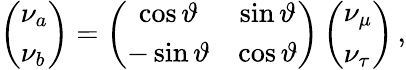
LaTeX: \left(\begin{array}{l}{{\nu_{a}}}\\ {{\nu_{b}}}\end{array}\right)=\left(\begin{array}{cc}{{\cos{\vartheta}}}&{{\sin{\vartheta}}}\\ {{-\sin{\vartheta}}}&{{\cos{\vartheta}}}\end{array}\right)\left(\begin{array}{l}{{\nu_{\mu}}}\\ {{\nu_{\tau}}}\end{array}\right)\, ,